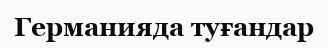
Германияда туғандар